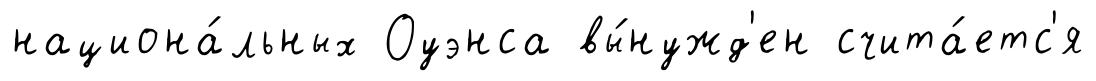
национа́льных Оуэнса вы́нужд'ен счита́етс'я